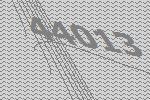
44013